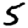
Digit: 5